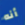
أنه